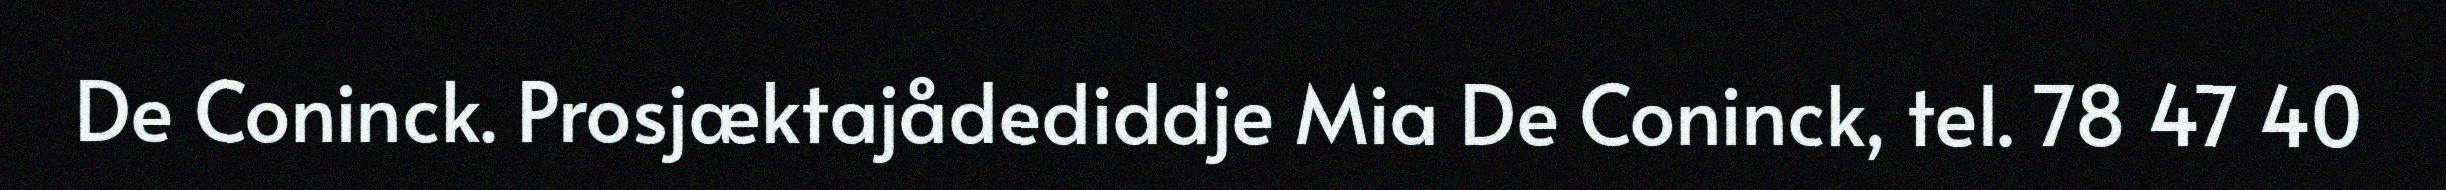
De Coninck. Prosjæktajådediddje Mia De Coninck, tel. 78 47 40